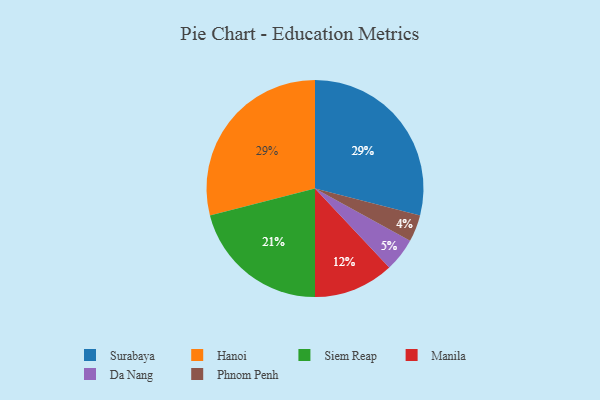
{"axis": {"x": "Category", "y": "Percentage"}, "legend": ["Da Nang", "Hanoi", "Manila", "Phnom Penh", "Siem Reap", "Surabaya"], "data": [{"x": "Da Nang", "y": 5, "type": "Da Nang"}, {"x": "Surabaya", "y": 29, "type": "Surabaya"}, {"x": "Siem Reap", "y": 21, "type": "Siem Reap"}, {"x": "Phnom Penh", "y": 4, "type": "Phnom Penh"}, {"x": "Hanoi", "y": 29, "type": "Hanoi"}, {"x": "Manila", "y": 12, "type": "Manila"}]}